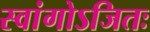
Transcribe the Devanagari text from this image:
स्वांगोऽजितः